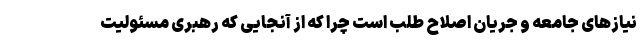
نیازهای جامعه و جریان اصلاح طلب است چرا که از آنجایی که رهبری مسئولیت